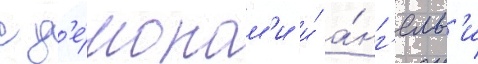
с д'е́монам'и и́ а́нг'елам'и